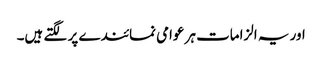
اور یہ الزامات ہر عوامی نمائندے پر لگتے ہیں۔